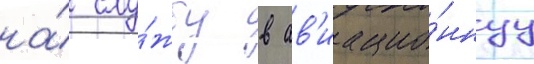
на́ слу́жбу в ав'иацио́ннуу